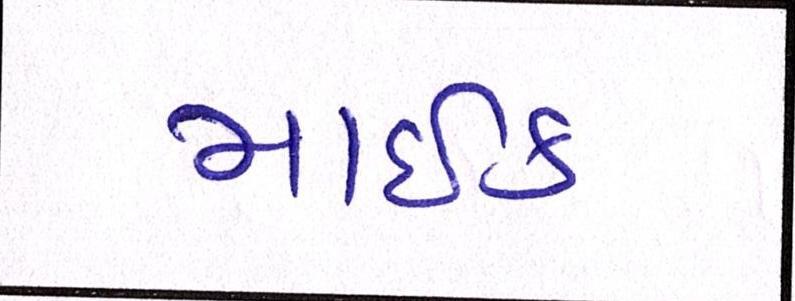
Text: માઇક